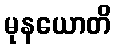
မုနယောတိ